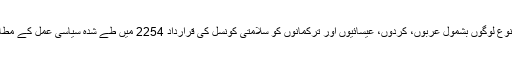
ہم یہ بات بھی یقینی بنائیں گے کہ شمال مشرقی شام کے تمام متنوع لوگوں بشمول عربوں، کردوں، عیسائیوں اور ترکمانوں کو سلامتی کونسل کی قرارداد 2254 میں طے شدہ سیاسی عمل کے مطابق شام کے مستقبل کے تعین میں کردار ادا کرنے کا موقع ملے۔